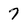
Character: 7